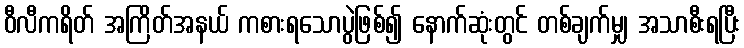
ဝီလီကရိတ် အကြိတ်အနယ် ကစားရသောပွဲဖြစ်၍ နောက်ဆုံးတွင် တစ်ချက်မျှ အသာစီးရပြီး